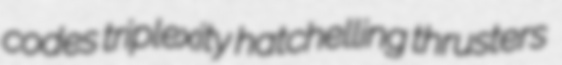
codes triplexity hatchelling thrusters